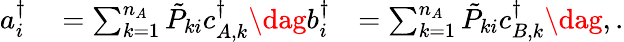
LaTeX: \begin{array}{rlr}{a_{i}^{\dagger}}&{{}=\sum_{k=1}^{n_{A}}\tilde{P}_{ki}c_{A,k}^{\dagger}\dag b_{i}^{\dagger}}&{=\sum_{k=1}^{n_{A}}\tilde{P}_{ki}c_{B,k}^{\dagger}\dag,.}\end{array}